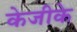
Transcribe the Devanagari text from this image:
केजीके